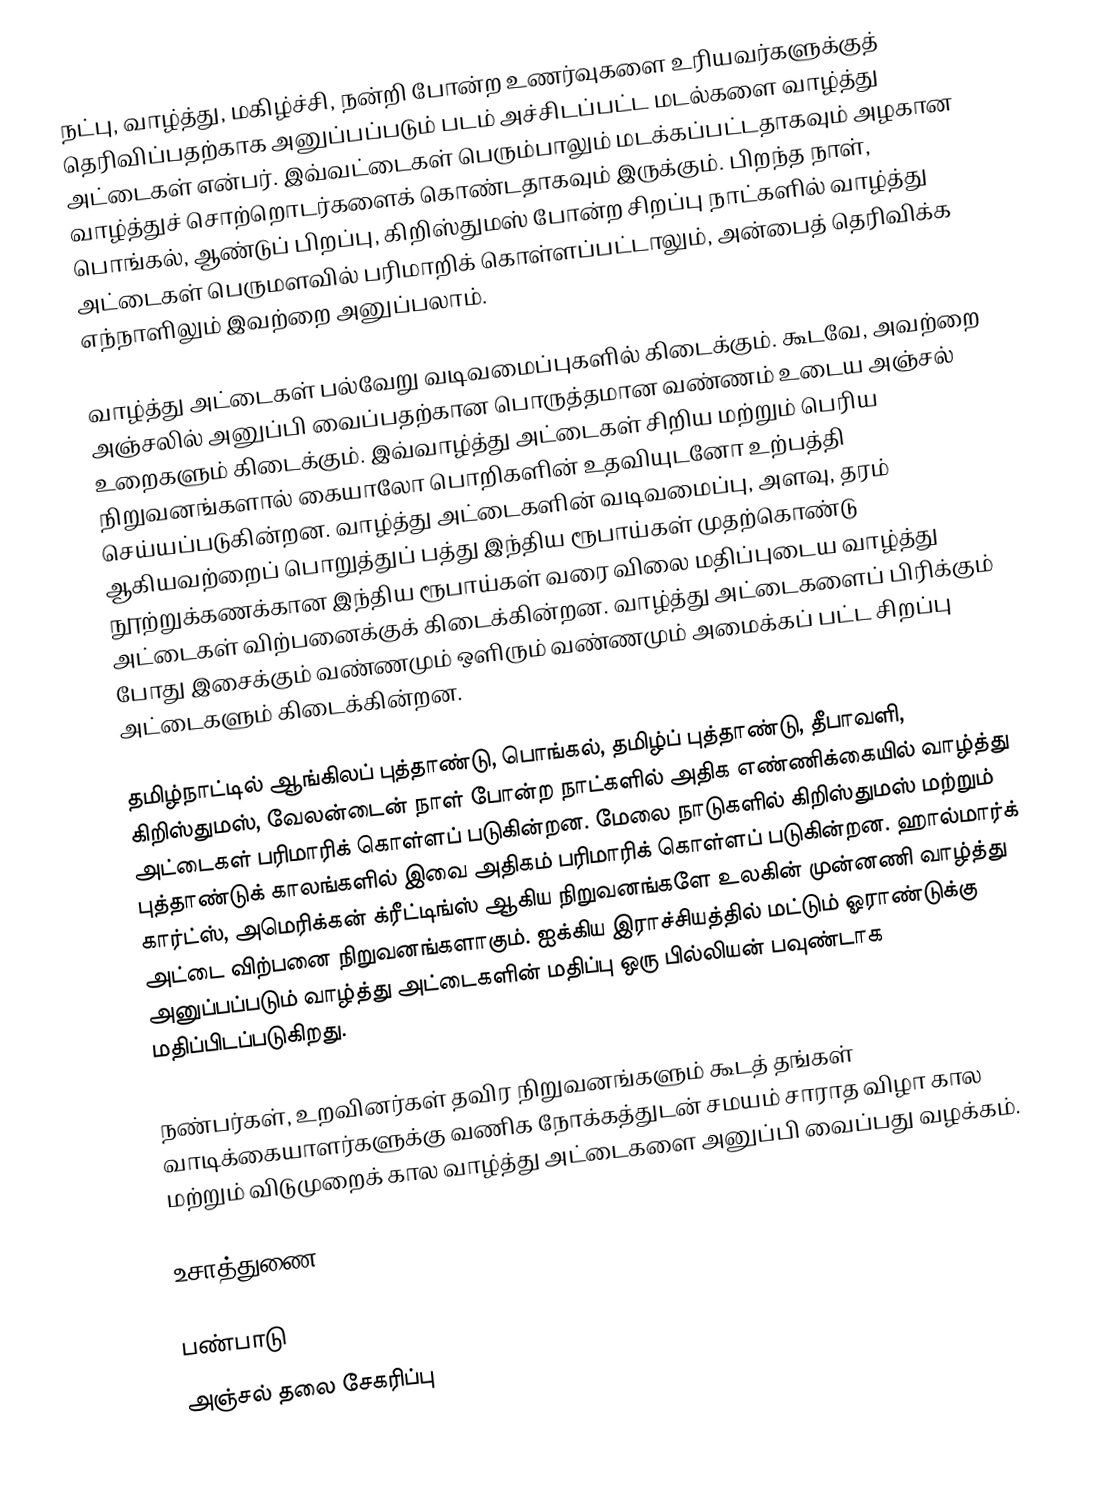
நட்பு, வாழ்த்து, மகிழ்ச்சி, நன்றி போன்ற உணர்வுகளை உரியவர்களுக்குத் தெரிவிப்பதற்காக அனுப்பப்படும் படம் அச்சிடப்பட்ட மடல்களை வாழ்த்து அட்டைகள் என்பர். இவ்வட்டைகள் பெரும்பாலும் மடக்கப்பட்டதாகவும் அழகான வாழ்த்துச் சொற்றொடர்களைக் கொண்டதாகவும் இருக்கும். பிறந்த நாள், பொங்கல், ஆண்டுப் பிறப்பு, கிறிஸ்துமஸ் போன்ற சிறப்பு நாட்களில் வாழ்த்து அட்டைகள் பெருமளவில் பரிமாறிக் கொள்ளப்பட்டாலும், அன்பைத் தெரிவிக்க எந்நாளிலும் இவற்றை அனுப்பலாம்.

வாழ்த்து அட்டைகள் பல்வேறு வடிவமைப்புகளில் கிடைக்கும். கூடவே, அவற்றை அஞ்சலில் அனுப்பி வைப்பதற்கான பொருத்தமான வண்ணம் உடைய அஞ்சல் உறைகளும் கிடைக்கும். இவ்வாழ்த்து அட்டைகள் சிறிய மற்றும் பெரிய நிறுவனங்களால் கையாலோ பொறிகளின் உதவியுடனோ உற்பத்தி செய்யப்படுகின்றன. வாழ்த்து அட்டைகளின் வடிவமைப்பு, அளவு, தரம் ஆகியவற்றைப் பொறுத்துப் பத்து இந்திய ரூபாய்கள் முதற்கொண்டு நூற்றுக்கணக்கான இந்திய ரூபாய்கள் வரை விலை மதிப்புடைய வாழ்த்து அட்டைகள் விற்பனைக்குக் கிடைக்கின்றன. வாழ்த்து அட்டைகளைப் பிரிக்கும் போது இசைக்கும் வண்ணமும் ஒளிரும் வண்ணமும் அமைக்கப் பட்ட சிறப்பு அட்டைகளும் கிடைக்கின்றன.

தமிழ்நாட்டில் ஆங்கிலப் புத்தாண்டு, பொங்கல், தமிழ்ப் புத்தாண்டு, தீபாவளி, கிறிஸ்துமஸ், வேலன்டைன் நாள் போன்ற நாட்களில் அதிக எண்ணிக்கையில் வாழ்த்து அட்டைகள் பரிமாரிக் கொள்ளப் படுகின்றன. மேலை நாடுகளில் கிறிஸ்துமஸ் மற்றும் புத்தாண்டுக் காலங்களில் இவை அதிகம் பரிமாரிக் கொள்ளப் படுகின்றன. ஹால்மார்க் கார்ட்ஸ், அமெரிக்கன் க்ரீட்டிங்ஸ் ஆகிய நிறுவனங்களே உலகின் முன்னணி வாழ்த்து அட்டை விற்பனை நிறுவனங்களாகும். ஐக்கிய இராச்சியத்தில் மட்டும் ஓராண்டுக்கு அனுப்பப்படும் வாழ்த்து அட்டைகளின் மதிப்பு ஒரு பில்லியன் பவுண்டாக மதிப்பிடப்படுகிறது.

நண்பர்கள், உறவினர்கள் தவிர நிறுவனங்களும் கூடத் தங்கள் வாடிக்கையாளர்களுக்கு வணிக நோக்கத்துடன் சமயம் சாராத விழா கால மற்றும் விடுமுறைக் கால வாழ்த்து அட்டைகளை அனுப்பி வைப்பது வழக்கம்.

உசாத்துணை

பண்பாடு
அஞ்சல் தலை சேகரிப்பு